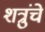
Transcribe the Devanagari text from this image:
शत्रुंचे